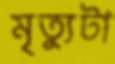
মৃত্যুটা